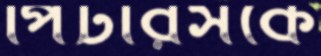
পিটারসকে